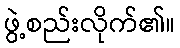
ဖွဲ့စည်းလိုက်၏။